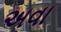
અવા